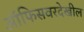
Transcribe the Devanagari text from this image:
ऑफिसवरदेखील